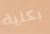
بكلية